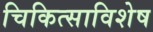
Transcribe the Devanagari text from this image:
चिकित्साविशेष